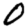
Digit: 0